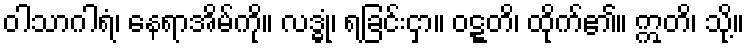
ဝါသာဂါရံ၊ နေရာအိမ်ကို။ လဒ္ဓုံ၊ ရခြင်းငှာ။ ဝဋ္ဋတိ၊ ထိုက်၏။ ဣတိ၊ သို့။